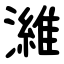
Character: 濰